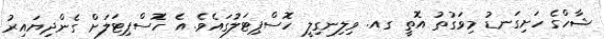
ޝާހްގެ ހަށިގަނޑު މިވަގުތު އޮތީ ގއ. ވިލިނގިލީ ހޮސްޕިޓަލުގައެވެ. އެ ހޮސްޕިޓަލަށް ގެންދިޔައިރު